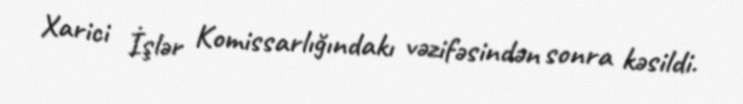
Xarici İşlər Komissarlığındakı vəzifəsindən sonra kəsildi.